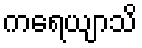
ကရေယျာသိ